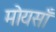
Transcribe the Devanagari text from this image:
मोयसाँ